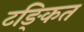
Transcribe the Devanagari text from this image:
टङ्कित